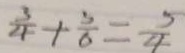
\frac { 3 } { 4 } + \frac { 5 } { 6 } = \frac { 5 } { 4 }